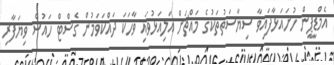
އެމްޑީޕީން ހުށައަޅާފައިވާ ސިޔާސަތުތަކުގެ މައްޗަށް އަލިއަޅުވައި ވާހަކަ ދައްކަވަމުން ގެސްޓް ހައުސް ވިޔަފާރި